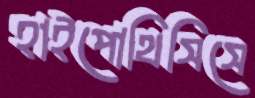
হাইপোথিসিসে